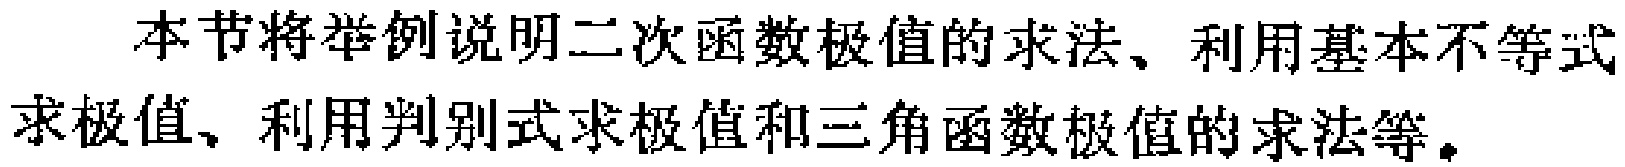
本节将举例说明二次函数极值的求法、利用基本不等式求极值、利用判别式求极值和三角函数极值的求法等。